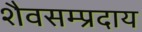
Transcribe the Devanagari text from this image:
शैवसम्प्रदाय